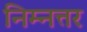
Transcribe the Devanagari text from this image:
निम्नत्तर